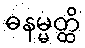
ဓနမ္မတ္ထိ